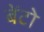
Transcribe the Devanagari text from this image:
बेंटो